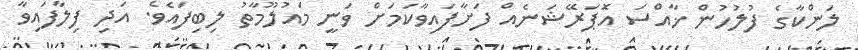
ލަންކާގެ ފުލުހުން ޚާއްސަ އޮަޕަރޭޝަނެއް ފަށާފައިވާކަމަށް ވަނީ މައުލޫމާތު ލިބިފައެވެ. އަދި ފިލާފައިވާ